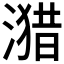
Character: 𰜻